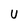
Character: U